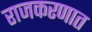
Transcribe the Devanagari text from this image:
राजकरणात